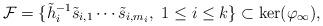
LaTeX: \begin{align*} \mathcal{F}=\{\tilde{h}_i^{-1}\tilde{s}_{i,1}\cdots\tilde{s}_{i,m_i}, \ 1\le i \le k\}\subset \ker(\varphi_\infty), \end{align*}